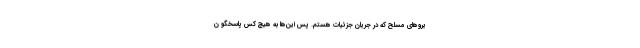
یروهای مسلح که در جریان جزئیات هستم. پس این‌ها به هیچ کس پاسخگو ن